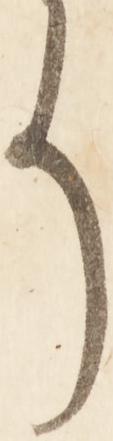
そ